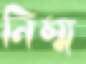
নিম্ম